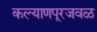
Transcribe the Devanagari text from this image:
कल्याणपूरजवळ